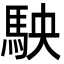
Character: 駚